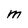
Character: M